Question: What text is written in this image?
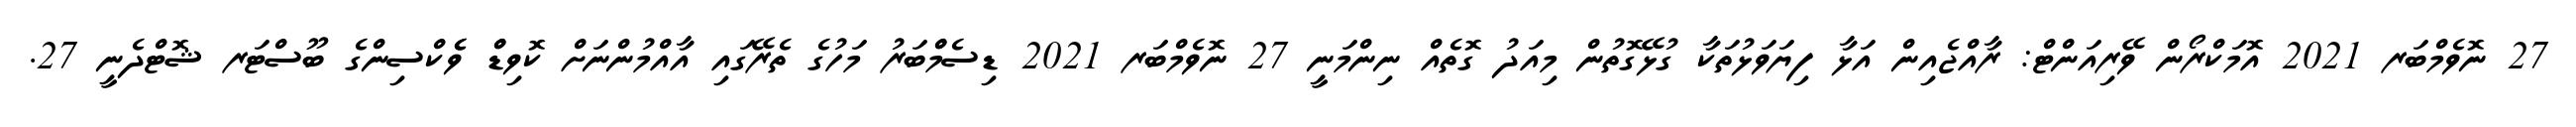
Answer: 27 ނޮވެމްބަރ 2021 އޮމަކްރޯން ވޭރިއަންޓް: ރާއްޖެއިން އަޅާ ފިޔަވަޅުތަކާ ގުޅޭގޮތުން މިއަދު ގޮތެއް ނިންމަނީ 27 ނޮވެމްބަރ 2021 ޑިސެމްްބަރު މަހުގެ ތެރޭގައި އާއްމުންނަށް ކޮވިޑްް ވެެކްސިންގެ ބޫސްޓަރ ޝޮޓްދެނީ 27.